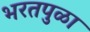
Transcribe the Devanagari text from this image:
भरतपुळा